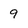
Character: 9